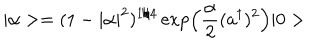
| \alpha > = ( 1 - | \alpha | ^ { 2 } ) ^ { 1 / 4 } \exp \left( \frac { \alpha } { 2 } ( a ^ { \dagger } ) ^ { 2 } \right) | 0 >